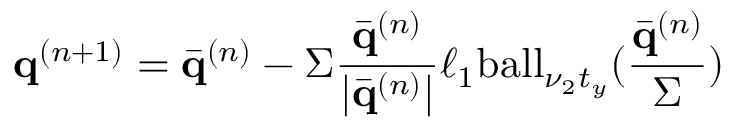
\mathbf { q } ^ { ( n + 1 ) } = \bar { \mathbf { q } } ^ { ( n ) } - \Sigma \frac { \bar { \mathbf { q } } ^ { ( n ) } } { | \bar { \mathbf { q } } ^ { ( n ) } | } \ell _ { 1 } \mathrm { b a l l } _ { \nu _ { 2 } { t } _ { y } } ( \frac { \bar { \mathbf { q } } ^ { ( n ) } } { \Sigma } )